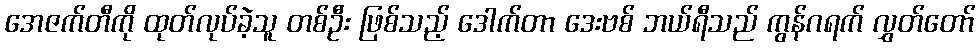
အေဇက်တီကို ထုတ်လုပ်ခဲ့သူ တစ်ဦး ဖြစ်သည့် ဒေါက်တာ ဒေးဗစ် ဘယ်ရီသည် ကွန်ဂရက် လွှတ်တော်